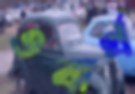
ওবার্থ